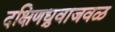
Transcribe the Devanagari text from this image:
दक्षिणध्रुवाजवळ